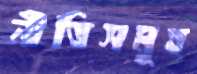
নীতিসমূহ